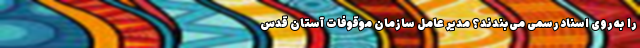
را به روی اسناد رسمی می‌بندند؟ مدیر عامل سازمان موقوفات آستان قدس